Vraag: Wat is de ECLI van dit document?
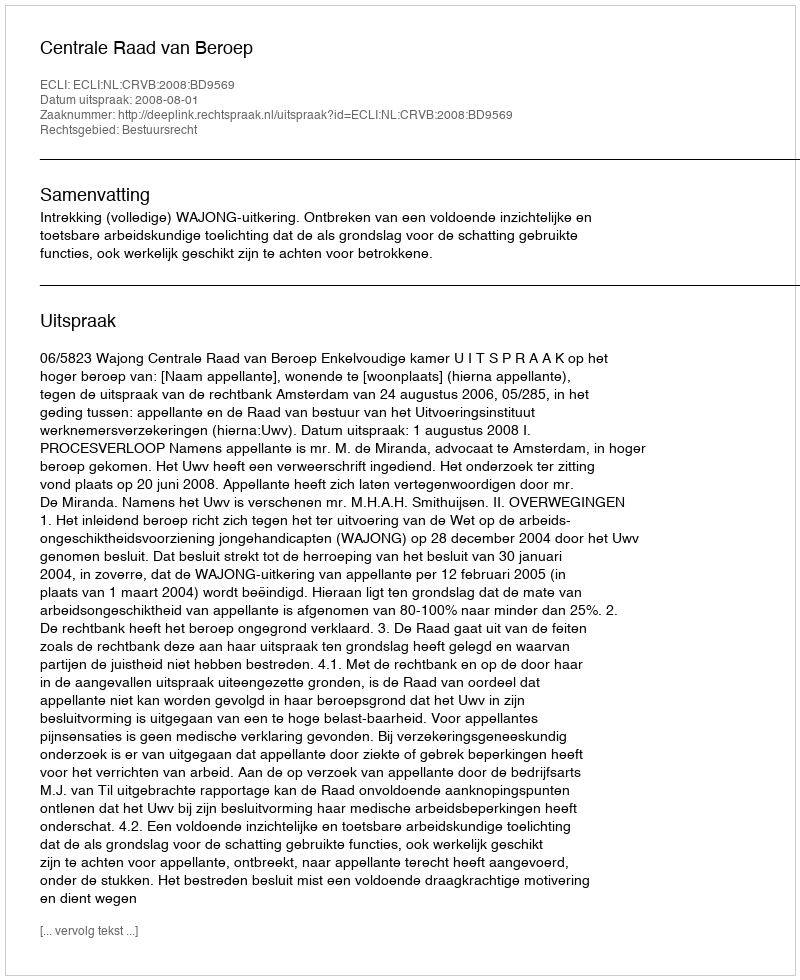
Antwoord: ECLI:NL:CRVB:2008:BD9569